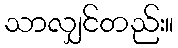
သာလျှင်တည်း။